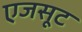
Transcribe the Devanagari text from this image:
एजसूट